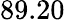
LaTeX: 89.20